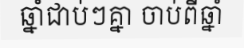
ឆ្នាំជាប់ៗគ្នា ចាប់ពីឆ្នាំ